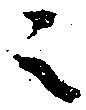
之